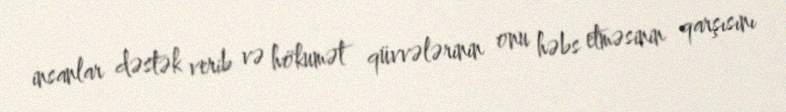
insanlar dəstək verib və hökumət qüvvələrinin onu həbs etməsinin qarşısını